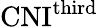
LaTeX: \mathrm{CNI}^{\mathrm{third}}